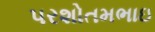
પરશોતમભાઇ